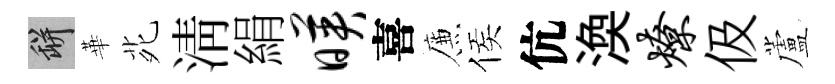
瓶華𫟍淸絹映喜簾侯伉渙燎伋蘆